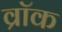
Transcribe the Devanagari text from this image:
व्रॉक